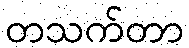
တသက်တာ